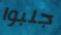
جلبوا